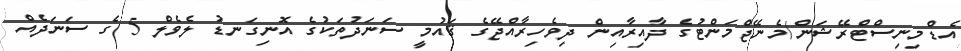
އެޑްމިނިސްޓްރޭޝަން/މެނޭޖްމަންޓުގެ ދާއިރާއިން ދިވެހިރާއްޖޭގެ ޤައުމީ ސަނަދުތަކުގެ އޮނިގަނޑު ލެވެލް 5 ގެ ސަނަދެއް